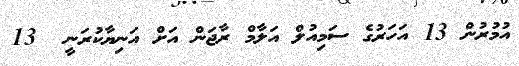
އުމުރުން 13 އަހަރުގެ ސަމިއުލް އަލާމް ރާޖަން އަށް އަނިޔާކުރަނީ  13